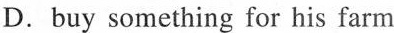
D.buy something for his farm